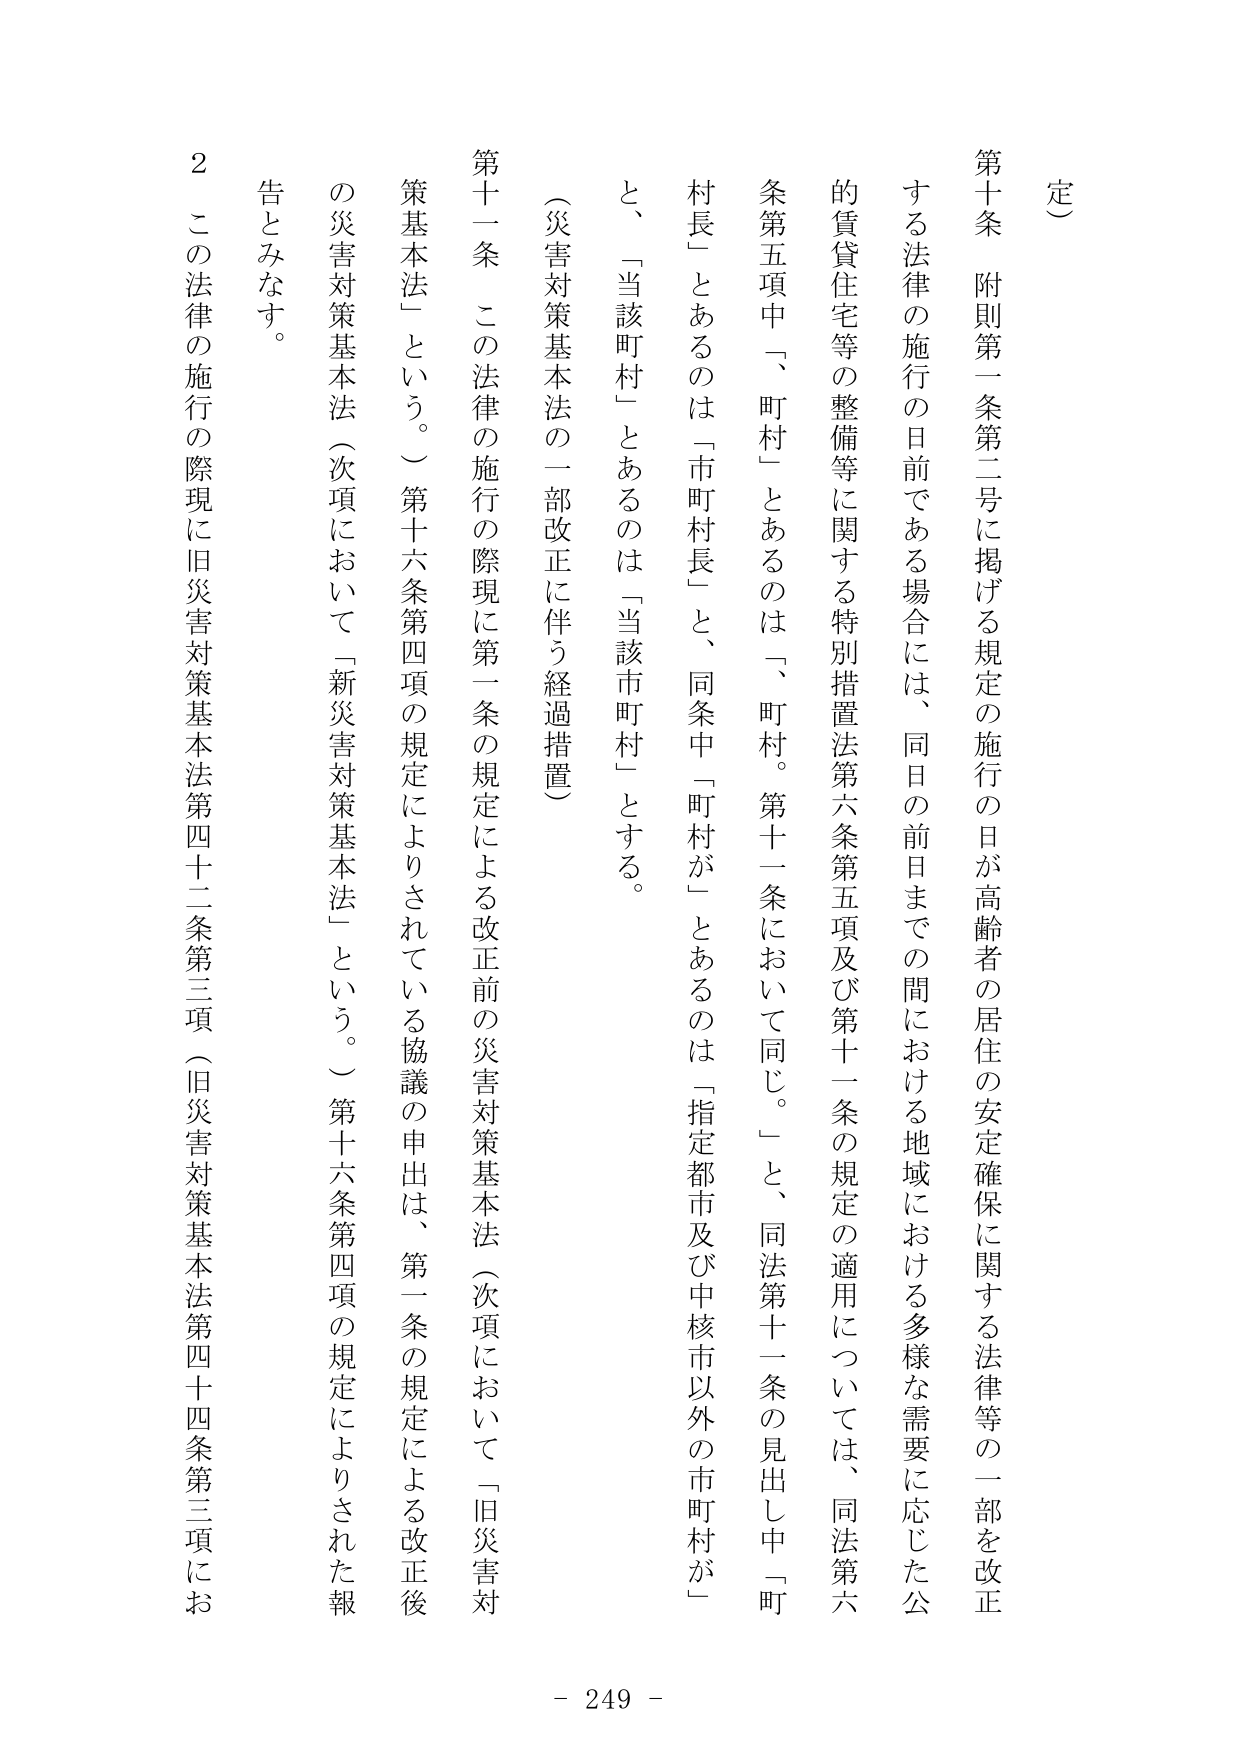
定）

第十条　附則第一条第二号に掲げる規定の施行の日が高齢者の居住の安定確保に関する法律等の一部を改正する法律の施行の日前である場合には、同日の前日までの間における地域における多様な需要に応じた公的賃貸住宅等の整備等に関する特別措置法第六条第五項及び第十一条の規定の適用については、同法第六条第五項中「、町村」とあるのは「、町村。第十一条において同じ。」と、同法第十一条の見出し中「町村長」とあるのは「市町村長」と、同条中「町村が」とあるのは「指定都市及び中核市以外の市町村が」と、「当該町村」とあるのは「当該市町村」とする。

（災害対策基本法の一部改正に伴う経過措置）

第十一条　この法律の施行の際現に第一条の規定による改正前の災害対策基本法（次項において「旧災害対策基本法」という。）第十六条第四項の規定によりされている協議の申出は、第一条の規定による改正後の災害対策基本法（次項において「新災害対策基本法」という。）第十六条第四項の規定によりされた報告とみなす。

２　この法律の施行の際現に旧災害対策基本法第四十二条第三項（旧災害対策基本法第四十四条第三項にお

- 249 -